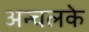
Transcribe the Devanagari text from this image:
अन्चलके